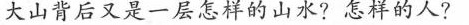
大山背后又是一层怎样的山水?怎样的人'